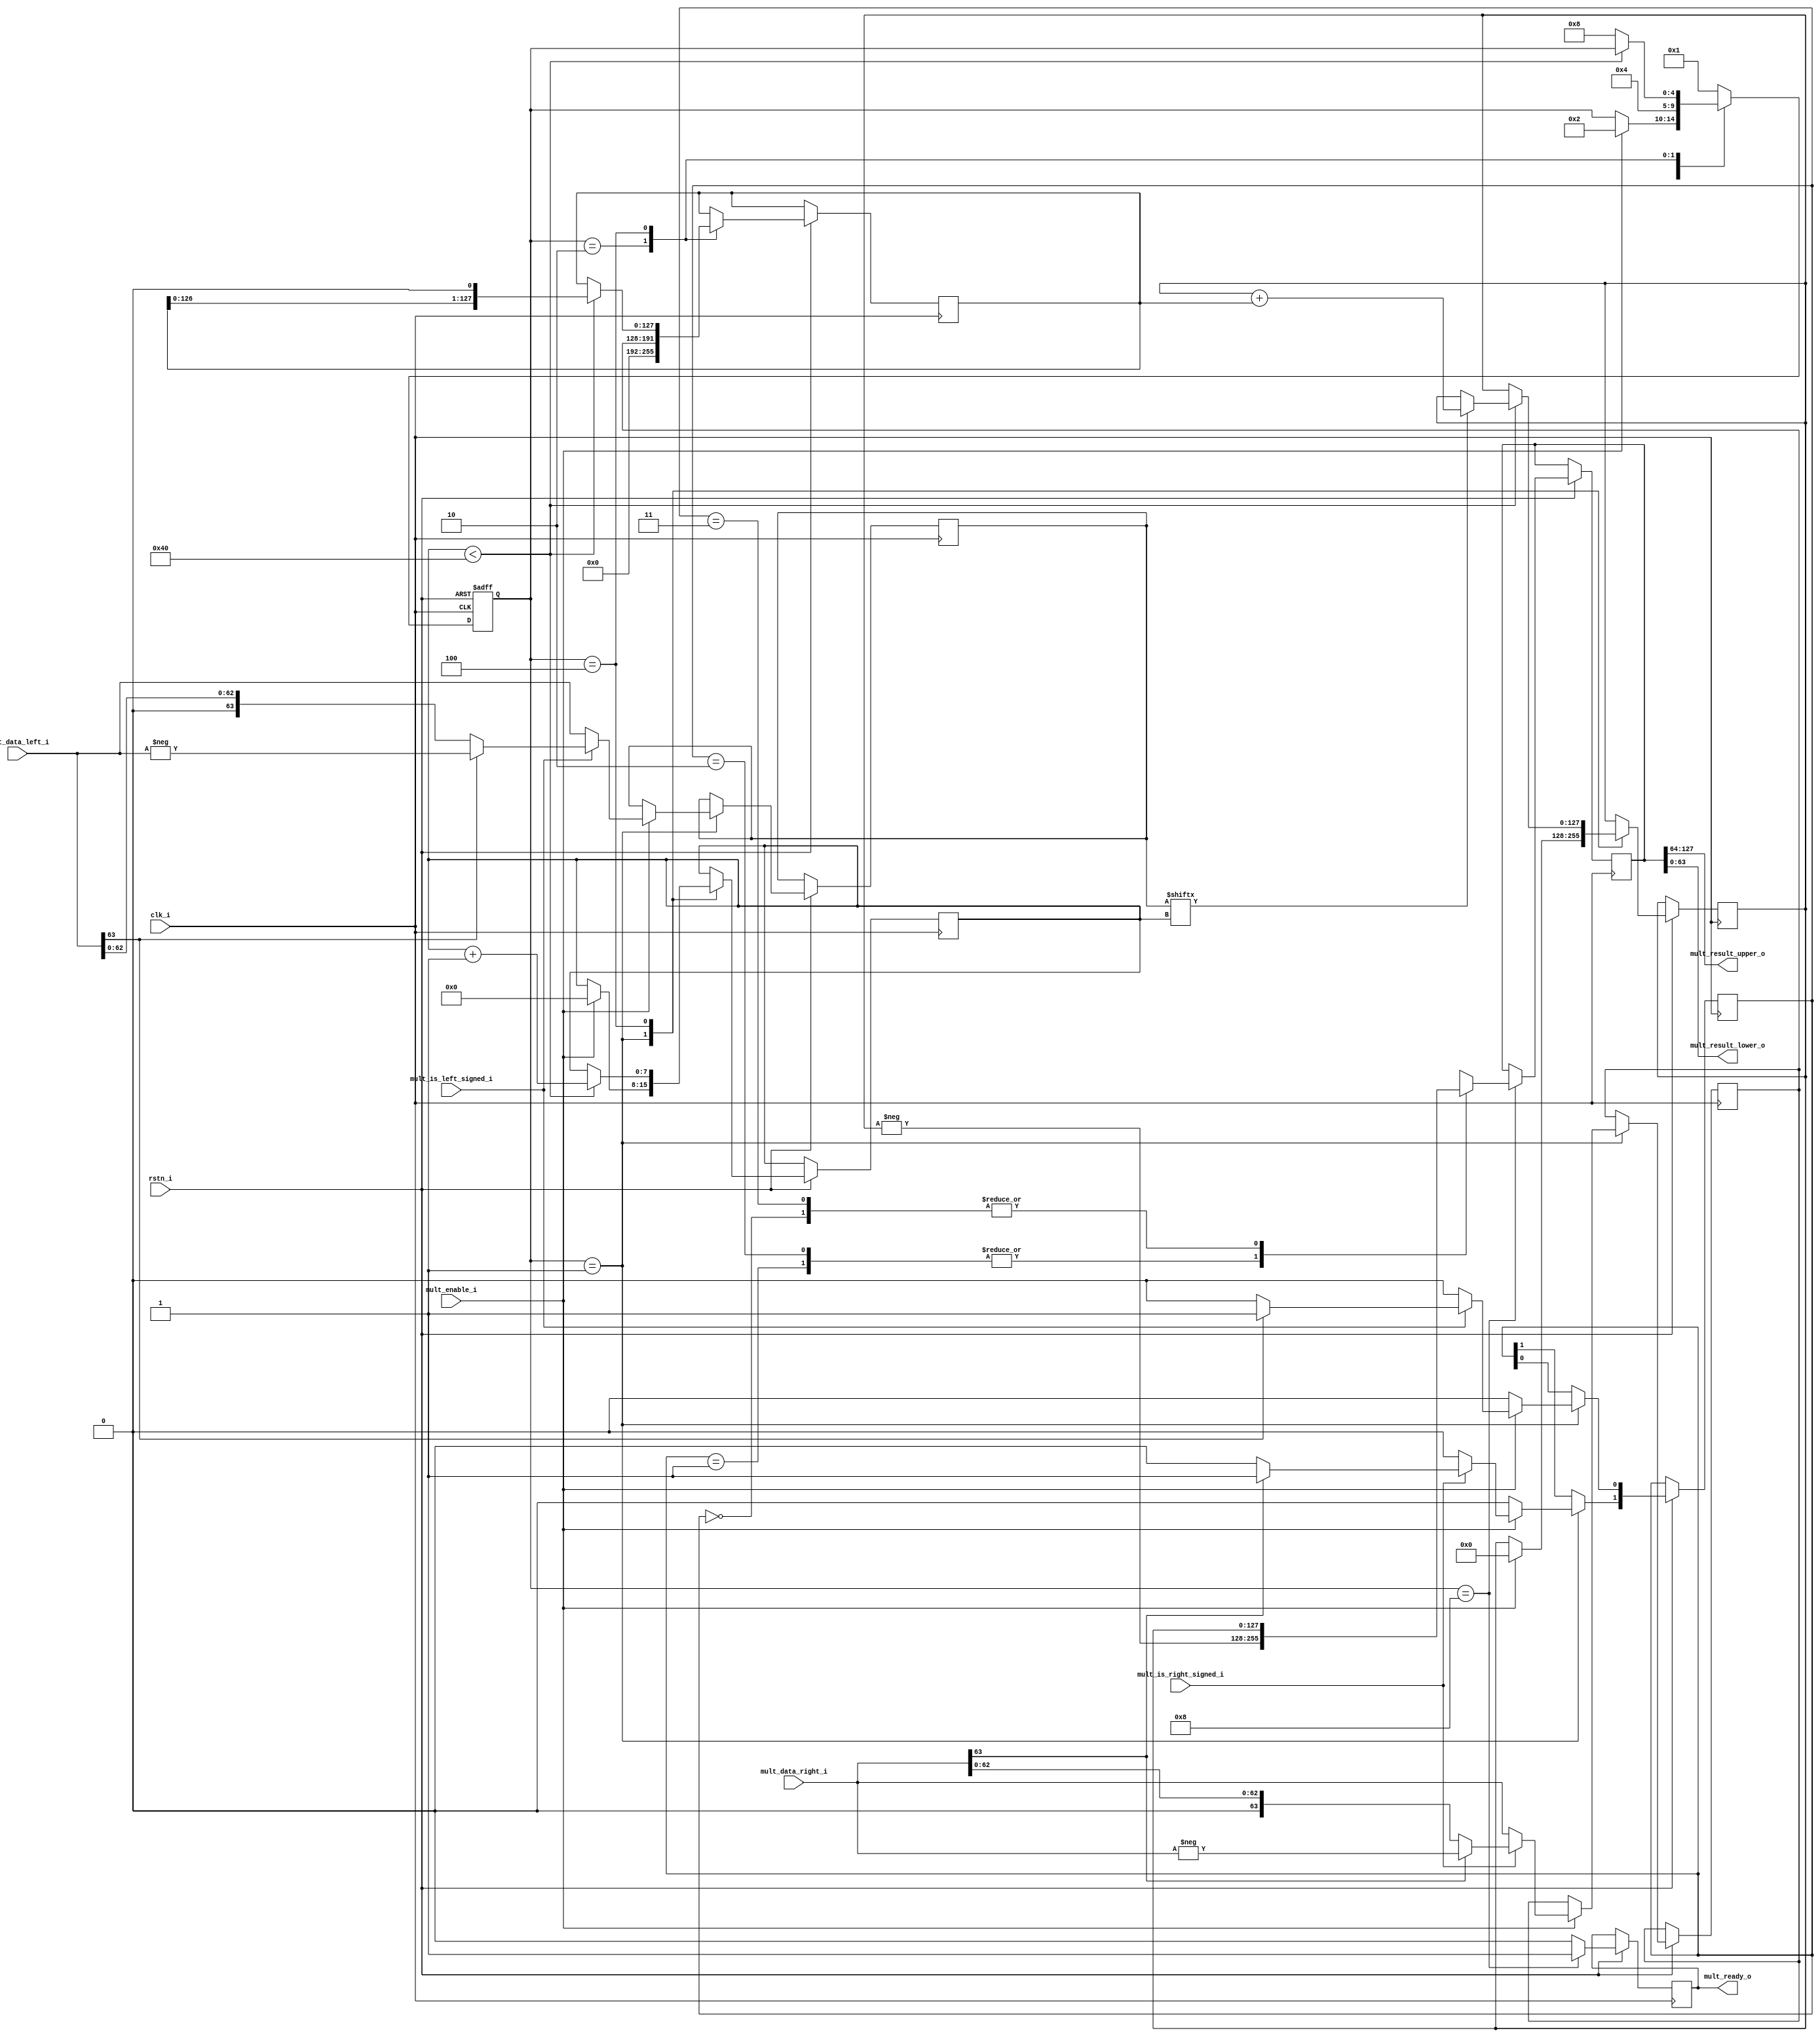
module mystic_multiplier(
   input  wire             clk_i,
   input  wire             rstn_i,
   input  wire             mult_is_left_signed_i,
   input  wire             mult_is_right_signed_i,
   input  wire             mult_enable_i,
   input  wire   [63:0]    mult_data_left_i,
   input  wire   [63:0]    mult_data_right_i,
   output wire   [63:0]    mult_result_upper_o,
   output wire   [63:0]    mult_result_lower_o,
   output reg              mult_ready_o
);

reg [7:0] cntr;

reg [127:0] ADVAL;

reg [4:0] state;
localparam S_IDLE  = 5'b00001;
localparam S_DELAY = 5'b00010;
localparam S_MULT  = 5'b00100;
localparam S_DONE  = 5'b01000;

reg   [127:0] mult_result_reg;
reg   [127:0] mult_result_int;
reg   [63:0]  mult_data_left_reg;
reg   [63:0]  mult_data_right_reg;
reg   [1:0]   mul_polarity;

always @(posedge clk_i, negedge rstn_i) begin
   if (!rstn_i) begin
      state <= S_IDLE;
   end else begin 
      mult_ready_o      <= 1'b0;
      case (state)
         S_IDLE: begin
            mul_polarity    <= 2'b00;
            if (mult_enable_i) begin
               state           <= S_DELAY;
               cntr            <= 0;
               mult_result_reg <= 0;

               mult_data_left_reg      <= mult_data_left_i;
               mult_data_right_reg     <= mult_data_right_i;

               if (mult_is_left_signed_i) begin
                  if (mult_data_left_i[63]) begin
                     mult_data_left_reg      <= $unsigned(-mult_data_left_i);
                     mul_polarity[0]         <= 1'b1;                                    
                  end
               end
               
               if (mult_is_right_signed_i) begin 
                  if (mult_data_right_i[63]) begin
                     mult_data_right_reg     <= $unsigned(-mult_data_right_i);
                     mul_polarity[1]         <= 1'b1;                                    
                  end
               end
            end
         end 

         S_DELAY: begin
            ADVAL   <= {{64{1'b0}}, mult_data_right_reg};
            state   <= S_MULT;
         end

         S_MULT: begin
            if (cntr < 64) begin
               if (mult_data_left_reg[cntr]) begin
                  mult_result_reg <= mult_result_reg + ADVAL;
               end
               ADVAL   <= {ADVAL[126:0], 1'b0}; // shift left
               cntr    <= cntr + 1;
            end else begin 
               state   <= S_DONE;
            end
         end

         S_DONE: begin
            mult_ready_o    <= 1'b1;
            state           <= S_IDLE;
            case (mul_polarity)
               2'b00: mult_result_int   <= mult_result_reg;
               2'b01: mult_result_int   <= $unsigned(-mult_result_reg);
               2'b10: mult_result_int   <= $unsigned(-mult_result_reg);
               2'b11: mult_result_int   <= mult_result_reg;
            endcase
         end

         default: begin
            state <= S_IDLE;
         end
      endcase
   end
end

assign mult_result_upper_o = mult_result_int[127:64];
assign mult_result_lower_o = mult_result_int[63:0];

endmodule